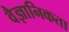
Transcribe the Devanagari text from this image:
वैज्ञानिकता